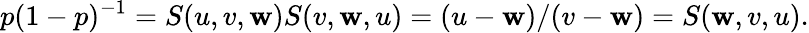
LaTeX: p(1-p)^{-1}=S(u,v,\mathbf{w})S(v,\mathbf{w},u)=(u-\mathbf{w})/(v-\mathbf{w})=S(\mathbf{w},v,u).